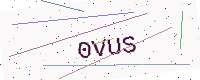
Text: 0VUS